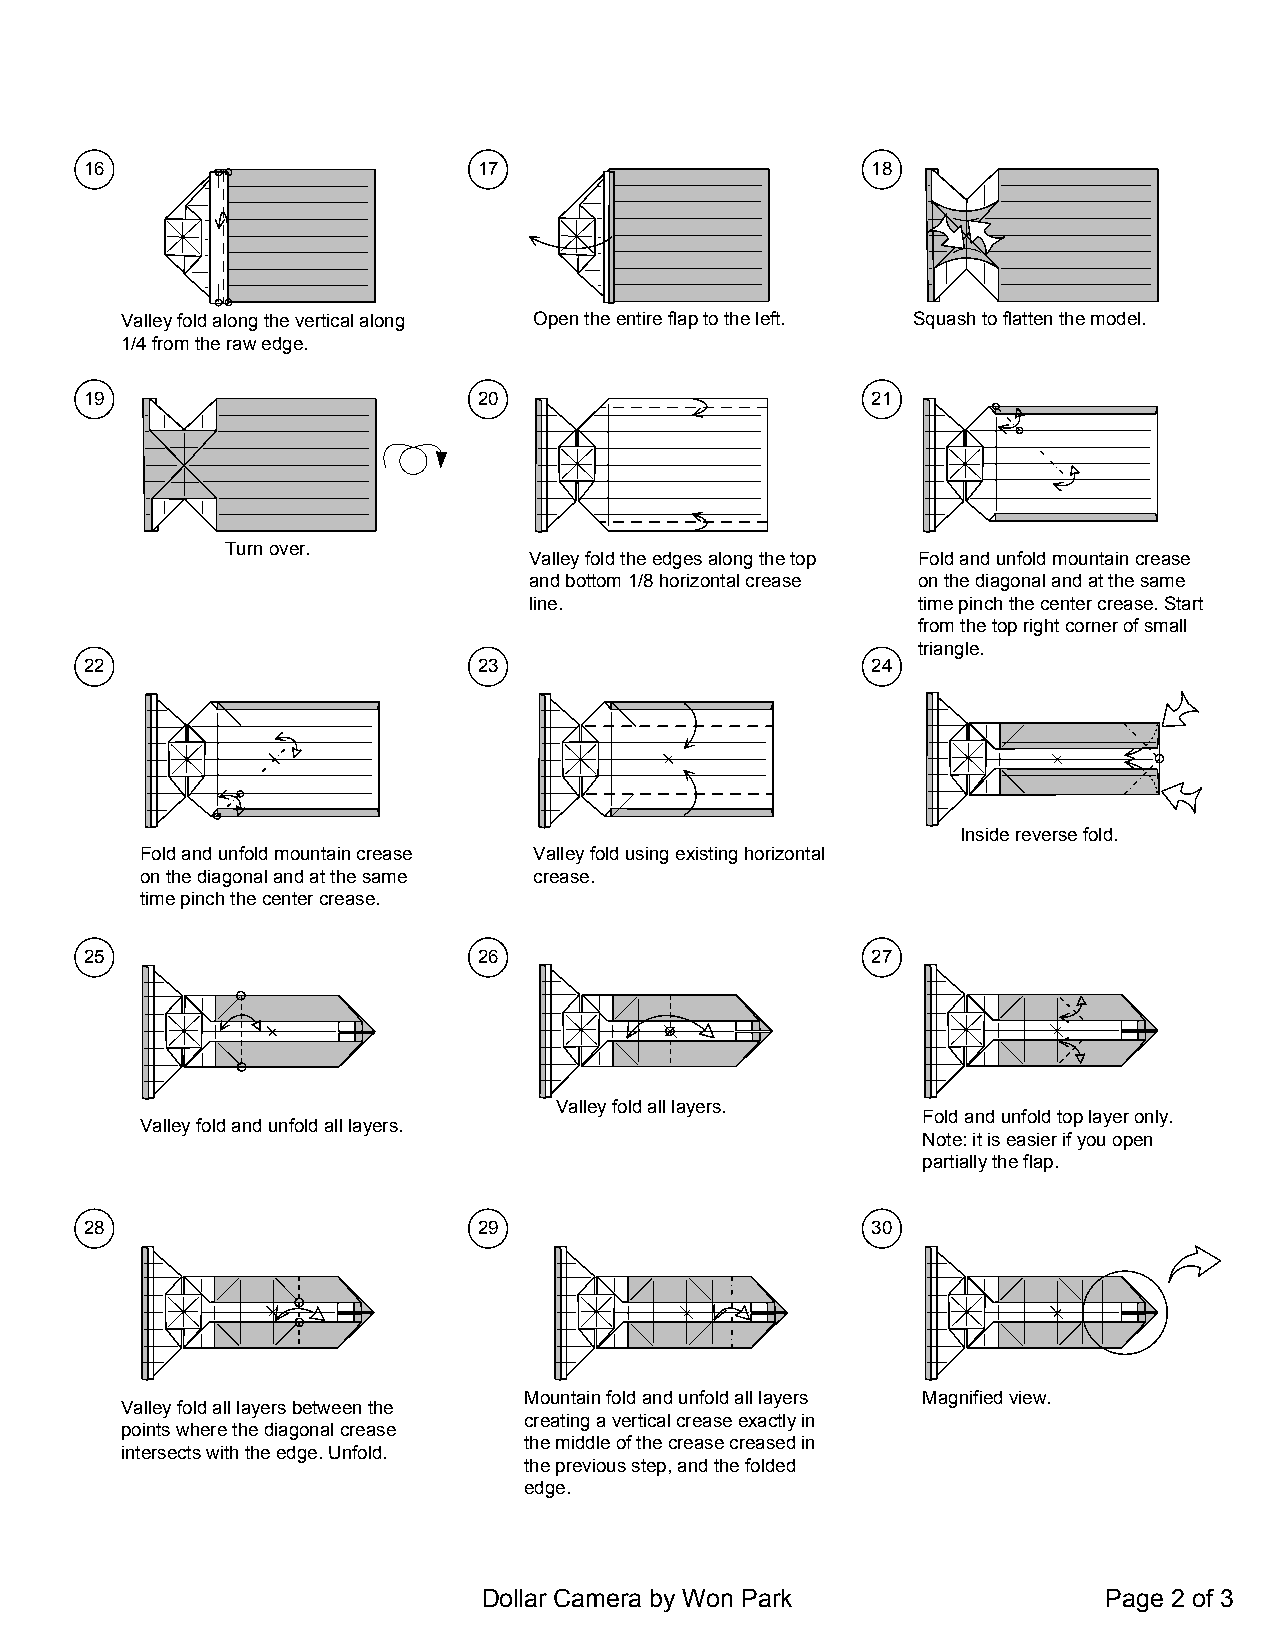
16                        17                        18
 Valley fold along the vertical along Open the entire flap to the left. Squash to flatten the model.
 1/4 from the raw edge.
 19                        20                        21
 Turn over.
 Valley fold the edges along the top Fold and unfold mountain crease
 and bottom 1/8 horizontal crease on the diagonal and at the same
 line.                     time pinch the center crease. Start
 from the top right corner of small
 triangle.
 22                        23                        24
 Inside reverse fold.
 Fold and unfold mountain crease Valley fold using existing horizontal
 on the diagonal and at the same crease.
 time pinch the center crease.
 25                        26                        27
 Valley fold all layers.
 Fold and unfold top layer only.
 Valley fold and unfold all layers.
 Note: it is easier if you open
 partially the flap.
 28                        29                        30
 Mountain fold and unfold all layers Magnified view.
 Valley fold all layers between the
 creating a vertical crease exactly in
 points where the diagonal crease
 the middle of the crease creased in
 intersects with the edge. Unfold.
 the previous step, and the folded
 edge.
 Dollar Camera by Won Park                Page 2 of 3